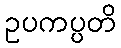
ဥပကပ္ပတိ